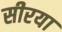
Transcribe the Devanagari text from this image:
सीरया